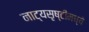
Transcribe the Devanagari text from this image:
नाट्यसृष्टीमध्ये